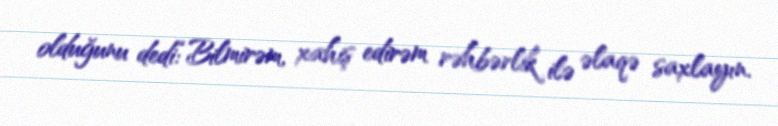
olduğunu dedi:“Bilmirəm, xahiş edirəm rəhbərlik ilə əlaqə saxlayın.